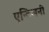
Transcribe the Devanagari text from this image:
एन्टिजनी